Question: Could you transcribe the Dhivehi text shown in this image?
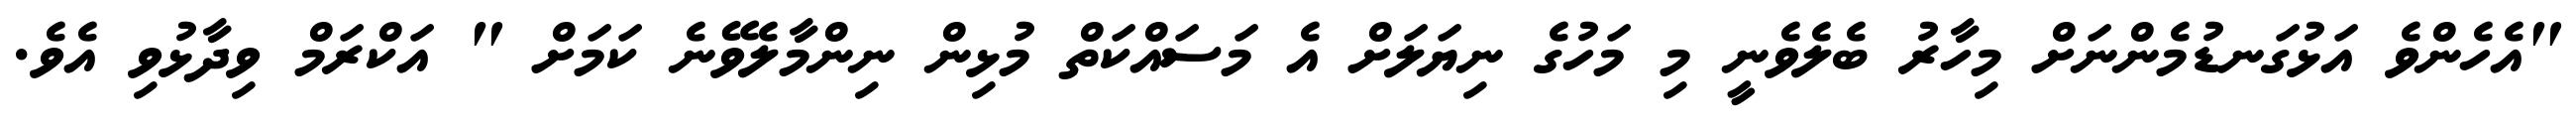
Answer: "އެހެންވެ އަޅުގަނޑުމެންނަށް މިހާރު ބެލެވެނީ މި މަހުގެ ނިޔަލަށް އެ މަސައްކަތް މުޅިން ނިންމާލެވޭނެ ކަމަށް " އަކްރަމް ވިދާޅުވި އެވެ.